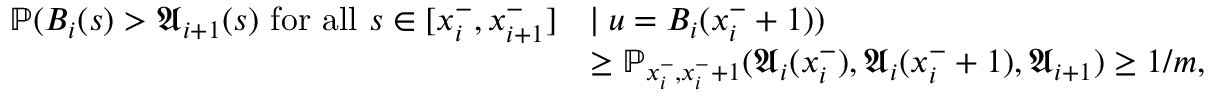
\begin{array} { r l } { \mathbb { P } ( B _ { i } ( s ) > \mathfrak { A } _ { i + 1 } ( s ) \mathrm { ~ f o r ~ a l l ~ } s \in [ x _ { i } ^ { - } , x _ { i + 1 } ^ { - } ] } & { \mid u = B _ { i } ( x _ { i } ^ { - } + 1 ) ) } \\ & { \ge \mathbb { P } _ { x _ { i } ^ { - } , x _ { i } ^ { - } + 1 } ( \mathfrak { A } _ { i } ( x _ { i } ^ { - } ) , \mathfrak { A } _ { i } ( x _ { i } ^ { - } + 1 ) , \mathfrak { A } _ { i + 1 } ) \ge 1 / m , } \end{array}